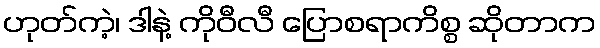
ဟုတ်ကဲ့၊ ဒါနဲ့ ကိုဝီလီ ပြောစရာကိစ္စ ဆိုတာက